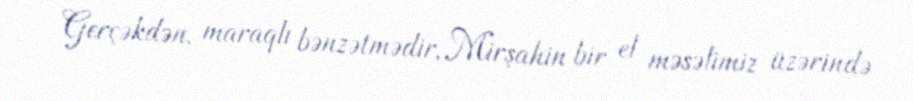
Gerçəkdən, maraqlı bənzətmədir, Mirşahin bir el məsəlimiz üzərində